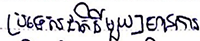
ប្រទេសជាតិនីមួយៗមានការ